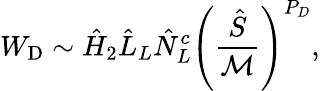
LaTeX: W_{\mathrm{D}}\sim\hat{H}_{2}\hat{L}_{L}\hat{N}_{L}^{c}\left({\frac{\hat{S}}{\cal M}}\right)^{P_{D}},